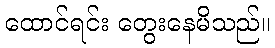
ထောင်ရင်း တွေးနေမိသည်။